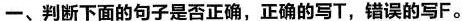
一、判断下面的句子是否正确,正确的写T,错误的写F.